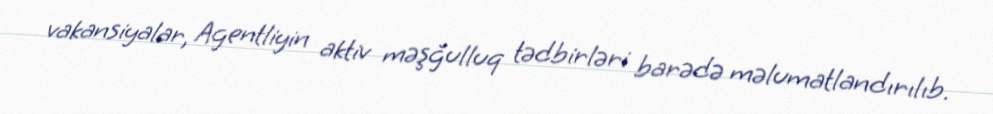
vakansiyalar, Agentliyin aktiv məşğulluq tədbirləri barədə məlumatlandırılıb.